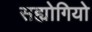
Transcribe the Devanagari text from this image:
सह्योगियो